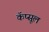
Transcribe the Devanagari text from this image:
कॅप्सूल